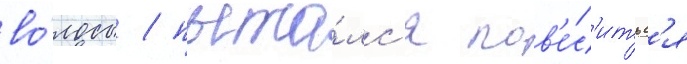
во́лосы / пыта́лс'я пов'е́с'итьс'я